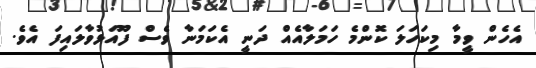
އެހެން ވީމާ މިކަހަލަ ކޮންމެ ހަމަލާއެއް ދަނީ އެކަމަނާ ވެސް ފޫއަޅުވާލައިފަ އެވެ.